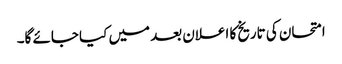
امتحان کی تاریخ کا اعلان بعد میں کیا جائے گا۔